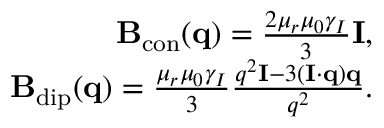
\begin{array} { r } { \mathbf { B } _ { \mathrm { c o n } } ( \mathbf { q } ) = \frac { 2 \mu _ { r } \mu _ { 0 } \gamma _ { I } } { 3 } \mathbf { I } , } \\ { \mathbf { B } _ { \mathrm { d i p } } ( \mathbf { q } ) = \frac { \mu _ { r } \mu _ { 0 } \gamma _ { I } } { 3 } \frac { q ^ { 2 } \mathbf { I } - 3 ( \mathbf { I } \cdot \mathbf { q } ) \mathbf { q } } { q ^ { 2 } } . } \end{array}